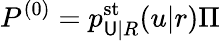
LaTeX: P^{(0)}=p_{\mathsf{U}|R}^{\mathrm{{st}}}(u|r)\Pi